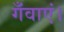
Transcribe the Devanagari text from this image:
गँवाएं।